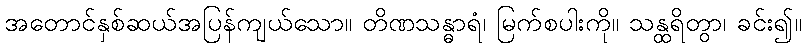
အတောင်နှစ်ဆယ်အပြန်ကျယ်သော။ တိဏသန္ဓာရံ၊ မြက်စပါးကို။ သန္ထရိတွာ၊ ခင်း၍။